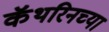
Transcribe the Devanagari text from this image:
कॅथरिनच्या